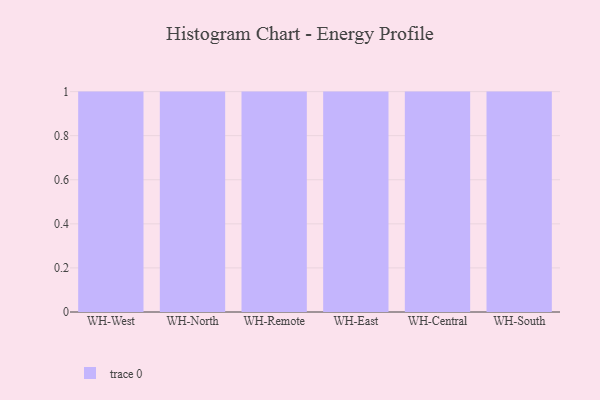
{"axis": {"x": "Warehouse", "y": "Market Share (%)"}, "legend": [""], "data": [{"x": "WH-West", "y": 28, "type": ""}, {"x": "WH-North", "y": 52, "type": ""}, {"x": "WH-Remote", "y": 2, "type": ""}, {"x": "WH-East", "y": 47, "type": ""}, {"x": "WH-Central", "y": 44, "type": ""}, {"x": "WH-South", "y": 24, "type": ""}]}